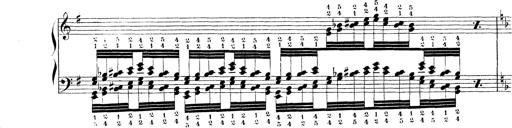
Title: Technische Studien
Composer: Franz Liszt